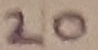
Text: 20